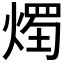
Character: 𱫴